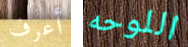
أعرف اللوحه